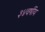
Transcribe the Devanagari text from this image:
३४वर्षीय